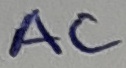
Text: AC